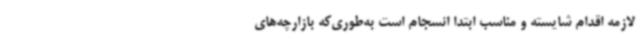
لازمه اقدام شایسته و مناسب ابتدا انسجام است به‌طوری‌که بازارچه‌های